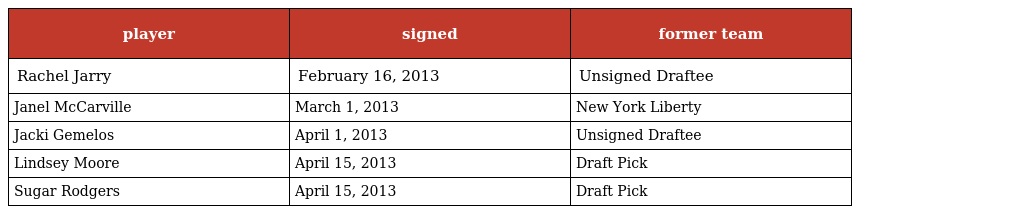
| player | signed | former team |
 | --- | --- | --- |
 | Rachel Jarry | February 16, 2013 | Unsigned Draftee |
 | Janel McCarville | March 1, 2013 | New York Liberty |
 | Jacki Gemelos | April 1, 2013 | Unsigned Draftee |
 | Lindsey Moore | April 15, 2013 | Draft Pick |
 | Sugar Rodgers | April 15, 2013 | Draft Pick |